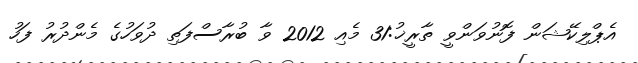
އެޕްލިކޭޝަން ފޮނުވަންވީ ތާރީޚު:31 މެއި 2012 ވާ ބުރާސްފަތި ދުވަހުގެ މެންދުރު ފަހު